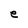
Character: e